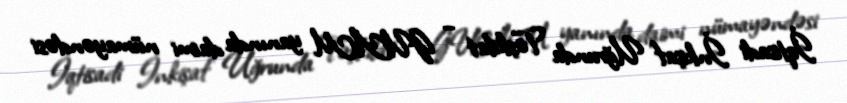
İqtisadi İnkişaf Uğrunda Təşkilat – GUAM yanında daimi nümayəndəsi